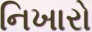
નિખારો